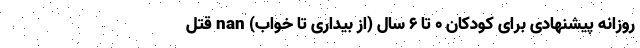
روزانه پیشنهادی برای کودکان ۰ تا ۶ سال (از بیداری تا خواب) nan قتل